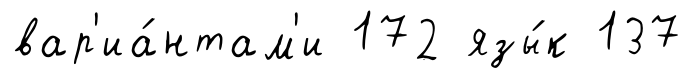
вар'иа́нтам'и 172 язы́к 137